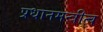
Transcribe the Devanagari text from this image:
प्रधानमन्त्रीत्व